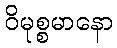
ဝိမုစ္စမာနော